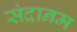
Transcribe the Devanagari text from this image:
संदानम